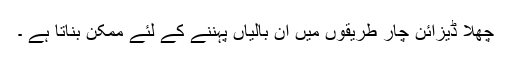
چھلا ڈیزائن چار طریقوں میں ان بالیاں پہننے کے لئے ممکن بناتا ہے ۔